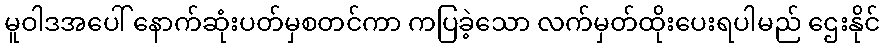
မူဝါဒအပေါ် နောက်ဆုံးပတ်မှစတင်ကာ ကပြခဲ့သော လက်မှတ်ထိုးပေးရပါမည် ဌေးနိုင်